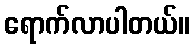
ရောက်လာပါတယ်။